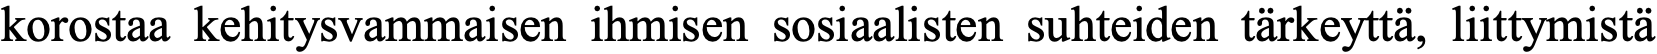
korostaa kehitysvammaisen ihmisen sosiaalisten suhteiden tärkeyttä, liittymistä